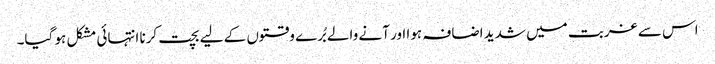
اس سے غربت میں شدید اضافہ ہوا اور آنے والے بُرے وقتوں کے لیے بچت کرنا انتہائی مشکل ہو گیا۔